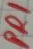
Text: PRI